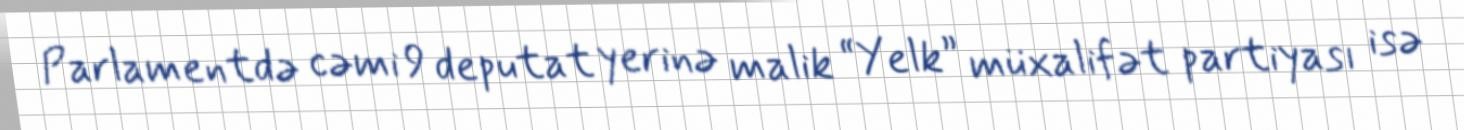
Parlamentdə cəmi 9 deputat yerinə malik “Yelk” müxalifət partiyası isə